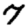
Digit: 7